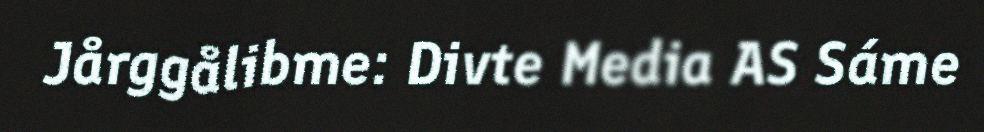
Jårggålibme: Divte Media AS Sáme